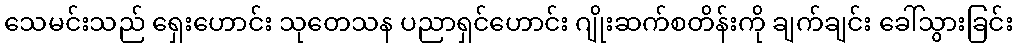
သေမင်းသည် ရှေးဟောင်း သုတေသန ပညာရှင်ဟောင်း ဂျိုးဆက်စတိန်းကို ချက်ချင်း ခေါ်သွားခြင်း